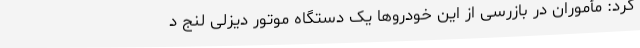
کرد: مأموران در بازرسی از این خودروها یک دستگاه موتور دیزلی لنج د